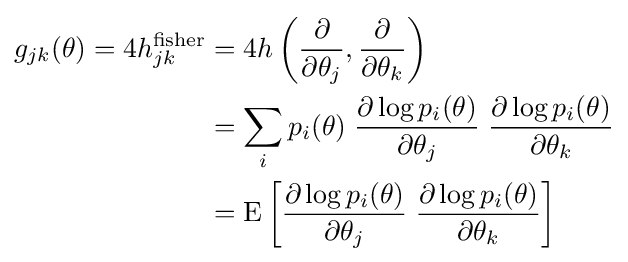
{\begin{aligned}g_{jk}(\theta )=4h_{jk}^{\mathrm {fisher} }&=4h\left({\frac {\partial }{\partial \theta _{j}}},{\frac {\partial }{\partial \theta _{k}}}\right)\\&=\sum _{i}p_{i}(\theta )\;{\frac {\partial \log p_{i}(\theta )}{\partial \theta _{j}}}\;{\frac {\partial \log p_{i}(\theta )}{\partial \theta _{k}}}\\&=\mathrm {E} \left[{\frac {\partial \log p_{i}(\theta )}{\partial \theta _{j}}}\;{\frac {\partial \log p_{i}(\theta )}{\partial \theta _{k}}}\right]\end{aligned}}